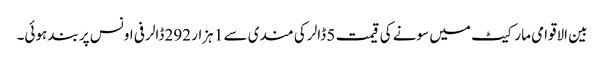
بین الاقوامی مارکیٹ میں سونے کی قیمت 5 ڈالر کی مندی سے 1 ہزار 292 ڈالر فی اونس پر بند ہوئی۔